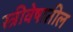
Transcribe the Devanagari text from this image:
स्त्रीवेषातील